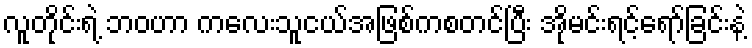
လူတိုင်းရဲ့ ဘဝဟာ ကလေးသူငယ်အဖြစ်ကစတင်ပြီး အိုမင်းရင့်ရော်ခြင်းနဲ့